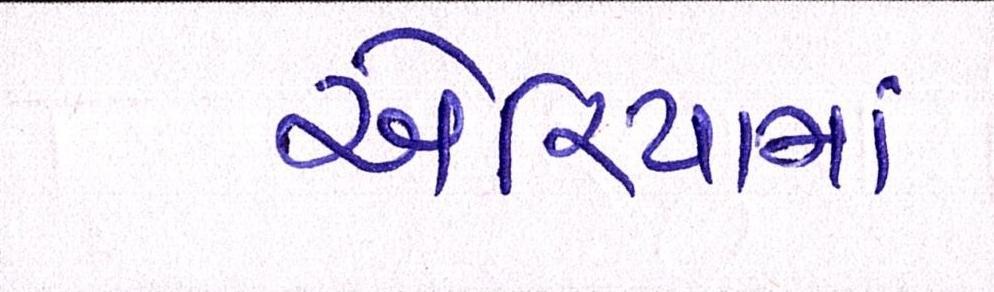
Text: એરિયામાં